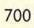
700